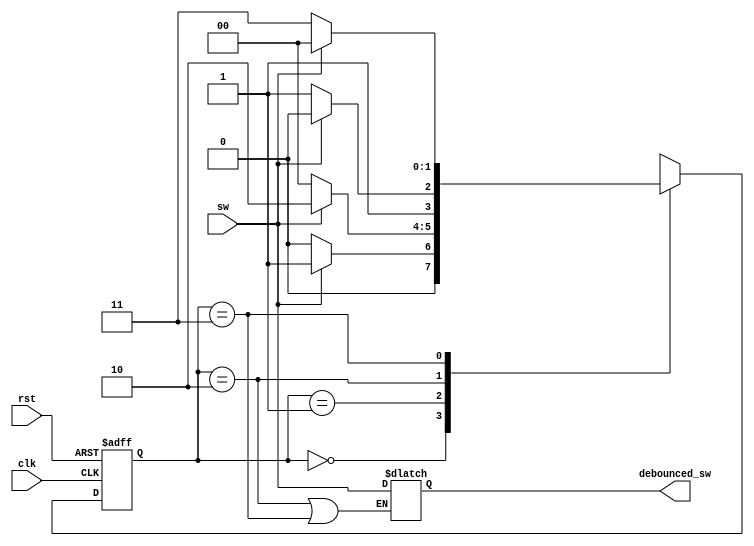
module debounce_circuit (
    input wire clk,
    input wire rst,
    input wire sw,
    output reg debounced_sw
);

// Define states for the debounce state machine
parameter IDLE = 2'b00;
parameter RISING_EDGE = 2'b01;
parameter STABLE_HIGH = 2'b10;
parameter FALLING_EDGE = 2'b11;
parameter STABLE_LOW = 2'b11;

// Define state register and next state logic
reg [1:0] state, next_state;

always @ (posedge clk or posedge rst) begin
    if (rst) begin
        state <= IDLE;
    end else begin
        state <= next_state;
    end
end

// Define debounce logic
always @ (*) begin
    case (state)
        IDLE: begin
            if (sw) begin
                next_state = RISING_EDGE;
            end else begin
                next_state = IDLE;
            end
        end
        RISING_EDGE: begin
            if (sw) begin
                next_state = STABLE_HIGH;
            end else begin
                next_state = IDLE;
            end
        end
        STABLE_HIGH: begin
            if (sw) begin
                next_state = STABLE_HIGH;
            end else begin
                next_state = FALLING_EDGE;
            end
        end
        FALLING_EDGE: begin
            if (!sw) begin
                next_state = STABLE_LOW;
            end else begin
                next_state = IDLE;
            end
        end
        STABLE_LOW: begin
            if (!sw) begin
                next_state = STABLE_LOW;
            end else begin
                next_state = RISING_EDGE;
            end
        end
    endcase
end

// Output debounced signal
always @ (*) begin
    if (state == STABLE_HIGH || state == STABLE_LOW) begin
        debounced_sw = sw;
    end else begin
        debounced_sw = debounced_sw;
    end
end

endmodule